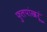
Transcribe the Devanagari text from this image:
फुलपांखरूं